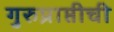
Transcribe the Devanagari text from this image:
गुरुप्राप्तीची